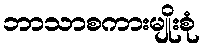
ဘာသာစကားမျိုးစုံ